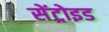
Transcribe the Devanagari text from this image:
सेंट्रोइड